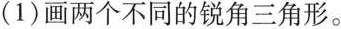
(1)画两个不同的锐角三角形。